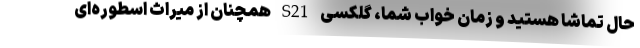
حال تماشا هستید و زمان خواب شما، گلکسی S21 همچنان از میراث اسطوره‌ای